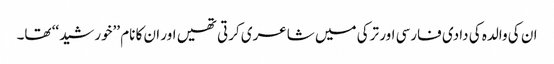
ان کی والدہ کی دادی فارسی اور ترکی میں شاعری کرتی تھیں اور ان کا نام ’’خورشید‘‘ تھا۔